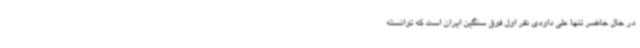
در حال حاضر تنها علی داودی نفر اول فوق سنگین ایران است که توانسته